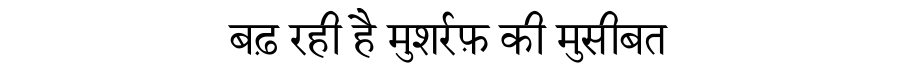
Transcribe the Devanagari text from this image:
बढ़ रही है मुशर्रफ़ की मुसीबत